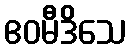
ဧဝမီဒိသေ